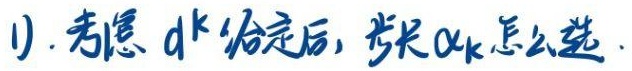
1). 考虑 $d^{k}$ 给定后, 步长 $\alpha_{k}$ 怎么选.